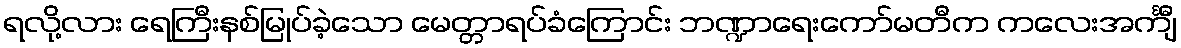
ရလို့လား ရေကြီးနစ်မြုပ်ခဲ့သော မေတ္တာရပ်ခံကြောင်း ဘဏ္ဍာရေးကော်မတီက ကလေးအင်္ကျီ